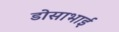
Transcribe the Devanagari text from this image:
डोसाभाई